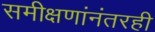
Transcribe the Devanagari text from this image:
समीक्षणांनंतरही